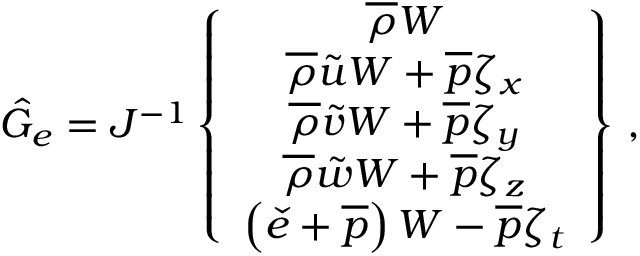
\hat { G } _ { e } = J ^ { - 1 } \left\{ \begin{array} { c } { \overline { { \rho } } W } \\ { \overline { { \rho } } \tilde { u } W + \overline { { p } } \zeta _ { x } } \\ { \overline { { \rho } } \tilde { v } W + \overline { { p } } \zeta _ { y } } \\ { \overline { { \rho } } \tilde { w } W + \overline { { p } } \zeta _ { z } } \\ { \left( \check { e } + \overline { { p } } \right) W - \overline { { p } } \zeta _ { t } } \end{array} \right\} \, \mathrm { , }